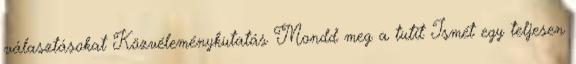
választásokat Közvéleménykutatás Mondd meg a tutit Ismét egy teljesen